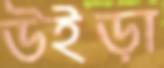
উইড়া